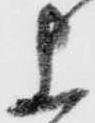
上